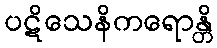
ပဋိသေနိကရောန္တိ